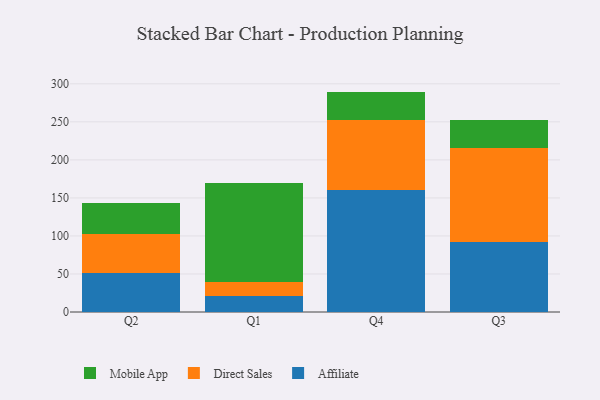
{"axis": {"x": "Quarter", "y": "Net Income (USD K)"}, "legend": ["Affiliate", "Direct Sales", "Mobile App"], "data": [{"x": "Q2", "y": 51.8, "type": "Affiliate"}, {"x": "Q2", "y": 50.7, "type": "Direct Sales"}, {"x": "Q2", "y": 40.6, "type": "Mobile App"}, {"x": "Q1", "y": 20.7, "type": "Affiliate"}, {"x": "Q1", "y": 18.6, "type": "Direct Sales"}, {"x": "Q1", "y": 130.9, "type": "Mobile App"}, {"x": "Q4", "y": 159.9, "type": "Affiliate"}, {"x": "Q4", "y": 92.7, "type": "Direct Sales"}, {"x": "Q4", "y": 37.2, "type": "Mobile App"}, {"x": "Q3", "y": 91.9, "type": "Affiliate"}, {"x": "Q3", "y": 123.4, "type": "Direct Sales"}, {"x": "Q3", "y": 37.6, "type": "Mobile App"}]}